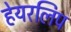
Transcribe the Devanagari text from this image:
हेयरलिप